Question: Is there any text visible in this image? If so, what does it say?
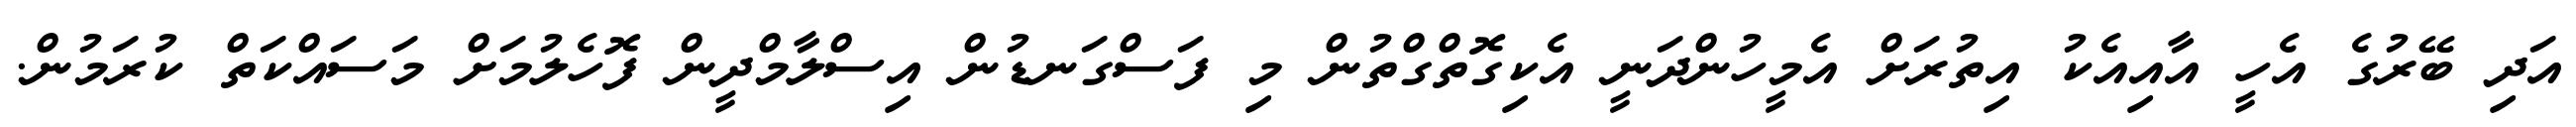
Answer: އަދި ބޭރުގެ އެހީ އާއިއެކު އިތުރަށް އެމީހުންދަނީ އެކިގޮތްގްތުން މި ފަސްގަނޑުން އިސްލާމްދީން ފޮހެލުމަށް މަސައްކަތް ކުރަމުން.